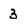
Character: 3